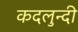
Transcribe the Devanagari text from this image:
कदलुन्दी